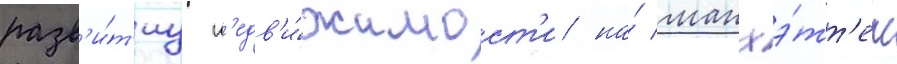
разв'и́т'иу н'едв'и́жимост'и на́ манхэ́тт'ен